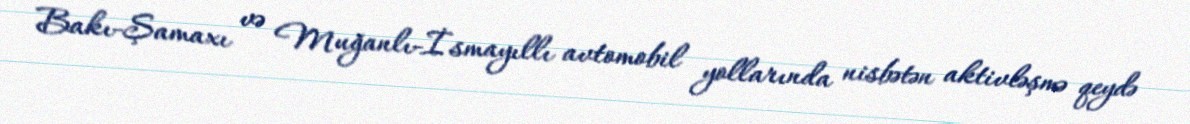
Bakı-Şamaxı və Muğanlı-İsmayıllı avtomobil yollarında nisbətən aktivləşmə qeydə